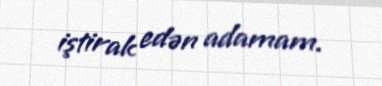
iştirak edən adamam.